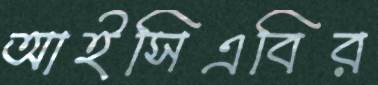
আইসিএবির